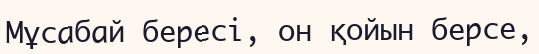
Мұсабай бересі, он қойын берсе,